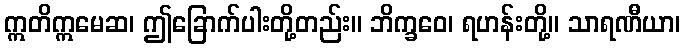
ဣတိဣမေဆ၊ ဤခြောက်ပါးတို့တည်း။ ဘိက္ခဝေ၊ ရဟန်းတို့။ သာရဏီယာ၊